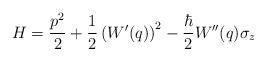
LaTeX: \begin{align*}H=\frac{p^2}{2}+\frac{1}{2}\left(W'(q)\right)^2-\frac{\hbar}{2}W''(q)\sigma_z\end{align*}